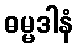
ဓမ္မဒါနံ